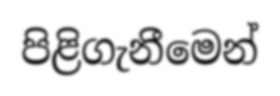
පිළිගැනීමෙන්